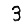
Digit: 3